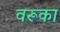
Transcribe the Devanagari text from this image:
वरूका